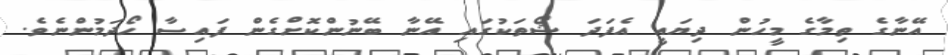
އޭނާގެ ތިމާގެ މީހުން ދިޔައީ އެފަދަ ޝޯތަކުގައި އޭނާ ބޭނުންކޮށްގެން ފައިސާ ހޯދަމުންނެވެ.